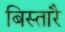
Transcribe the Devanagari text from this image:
बिस्तारै